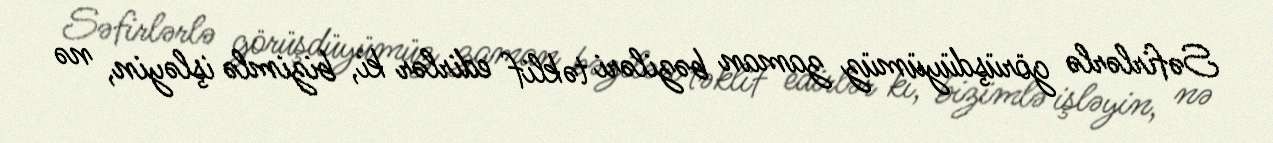
Səfirlərlə görüşdüyümüz zaman bəziləri təklif edirlər ki, bizimlə işləyin, nə